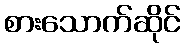
စားသောက်ဆိုင်